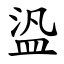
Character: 盕